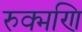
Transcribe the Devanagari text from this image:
रुक्मणि